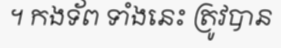
។ កងទ័ព ទាំងនេះ ត្រូវបាន